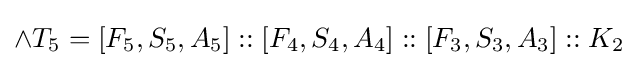
\land T_{5}=[F_{5},S_{5},A_{5}]::[F_{4},S_{4},A_{4}]::[F_{3},S_{3},A_{3}]::K_{2}